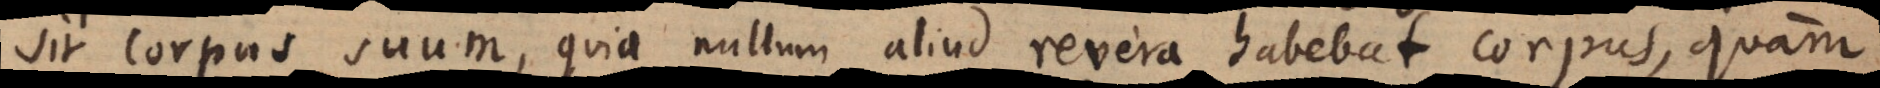
sit corpus suum, quia nullum aliud revera habebat corpus, quam